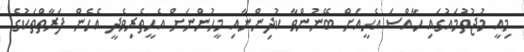
މިއީ މުޖުތުމައުގައި ހާއްސަ އެހީއަށް ބޭނުންވާ ކުދިންނާއި މީހުންނަށް އެހީތެރިވެދީ އެހެން ފަރާތްތަކުގެ